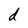
Character: d